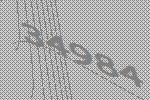
34984